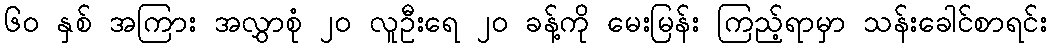
၆၀ နှစ် အကြား အလွှာစုံ ၂၀ လူဦးရေ ၂၀ ခန့်ကို မေးမြန်း ကြည့်ရာမှာ သန်းခေါင်စာရင်း